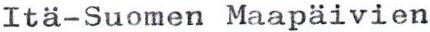
Itä-Suomen Maapäivien